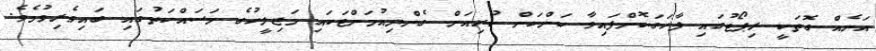
އަނެއް ގޮތަކީ ރިޕޯޓުގައި ފާހަގަކޮށްފައިވާ ކަންކަން ކުރިއަށް ގެންދިއުމަށްޓަކައި މަޖިލީހުގެ މަސައްކަތުގައި ބައިވެރިވުމެވެ.